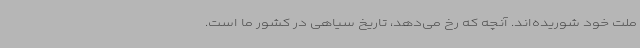
ملت خود شوریده‌اند. آنچه که رخ می‌دهد، تاریخ سیاهی در کشور ما است.